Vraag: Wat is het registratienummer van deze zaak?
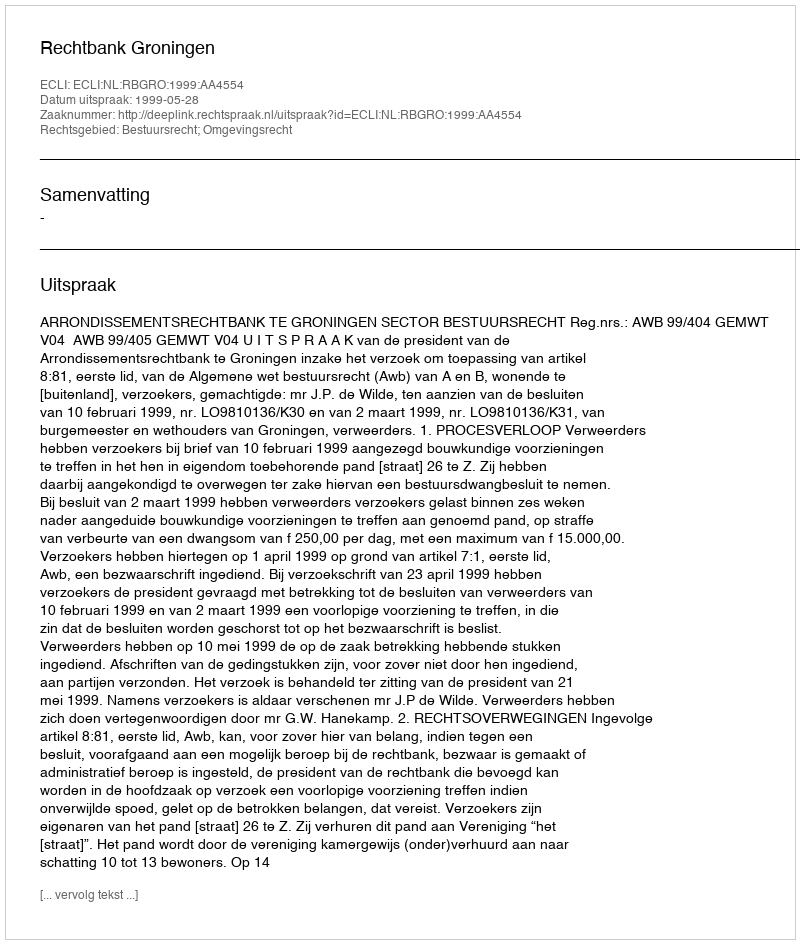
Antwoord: http://deeplink.rechtspraak.nl/uitspraak?id=ECLI:NL:RBGRO:1999:AA4554